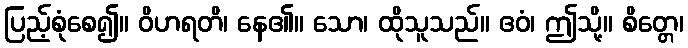
ပြည့်စုံစေ၍။ ဝိဟရတိ၊ နေ၏။ သော၊ ထိုသူသည်။ ဧဝံ၊ ဤသို့။ စိတ္တေ၊